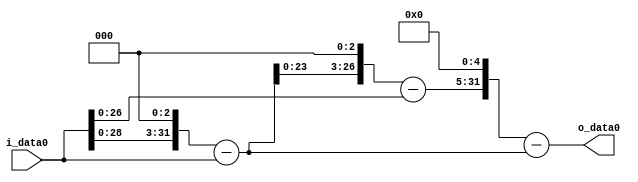
module multiplier_block_90 (
    i_data0,
    o_data0
);
  input   [31:0] i_data0;
  output  [31:0]
    o_data0;
  wire [31:0]
    w1,
    w8,
    w7,
    w56,
    w55,
    w1760,
    w1753;
  assign w1 = i_data0;
  assign w1753 = w1760 - w7;
  assign w1760 = w55 << 5;
  assign w55 = w56 - w1;
  assign w56 = w7 << 3;
  assign w7 = w8 - w1;
  assign w8 = w1 << 3;
  assign o_data0 = w1753;
endmodule